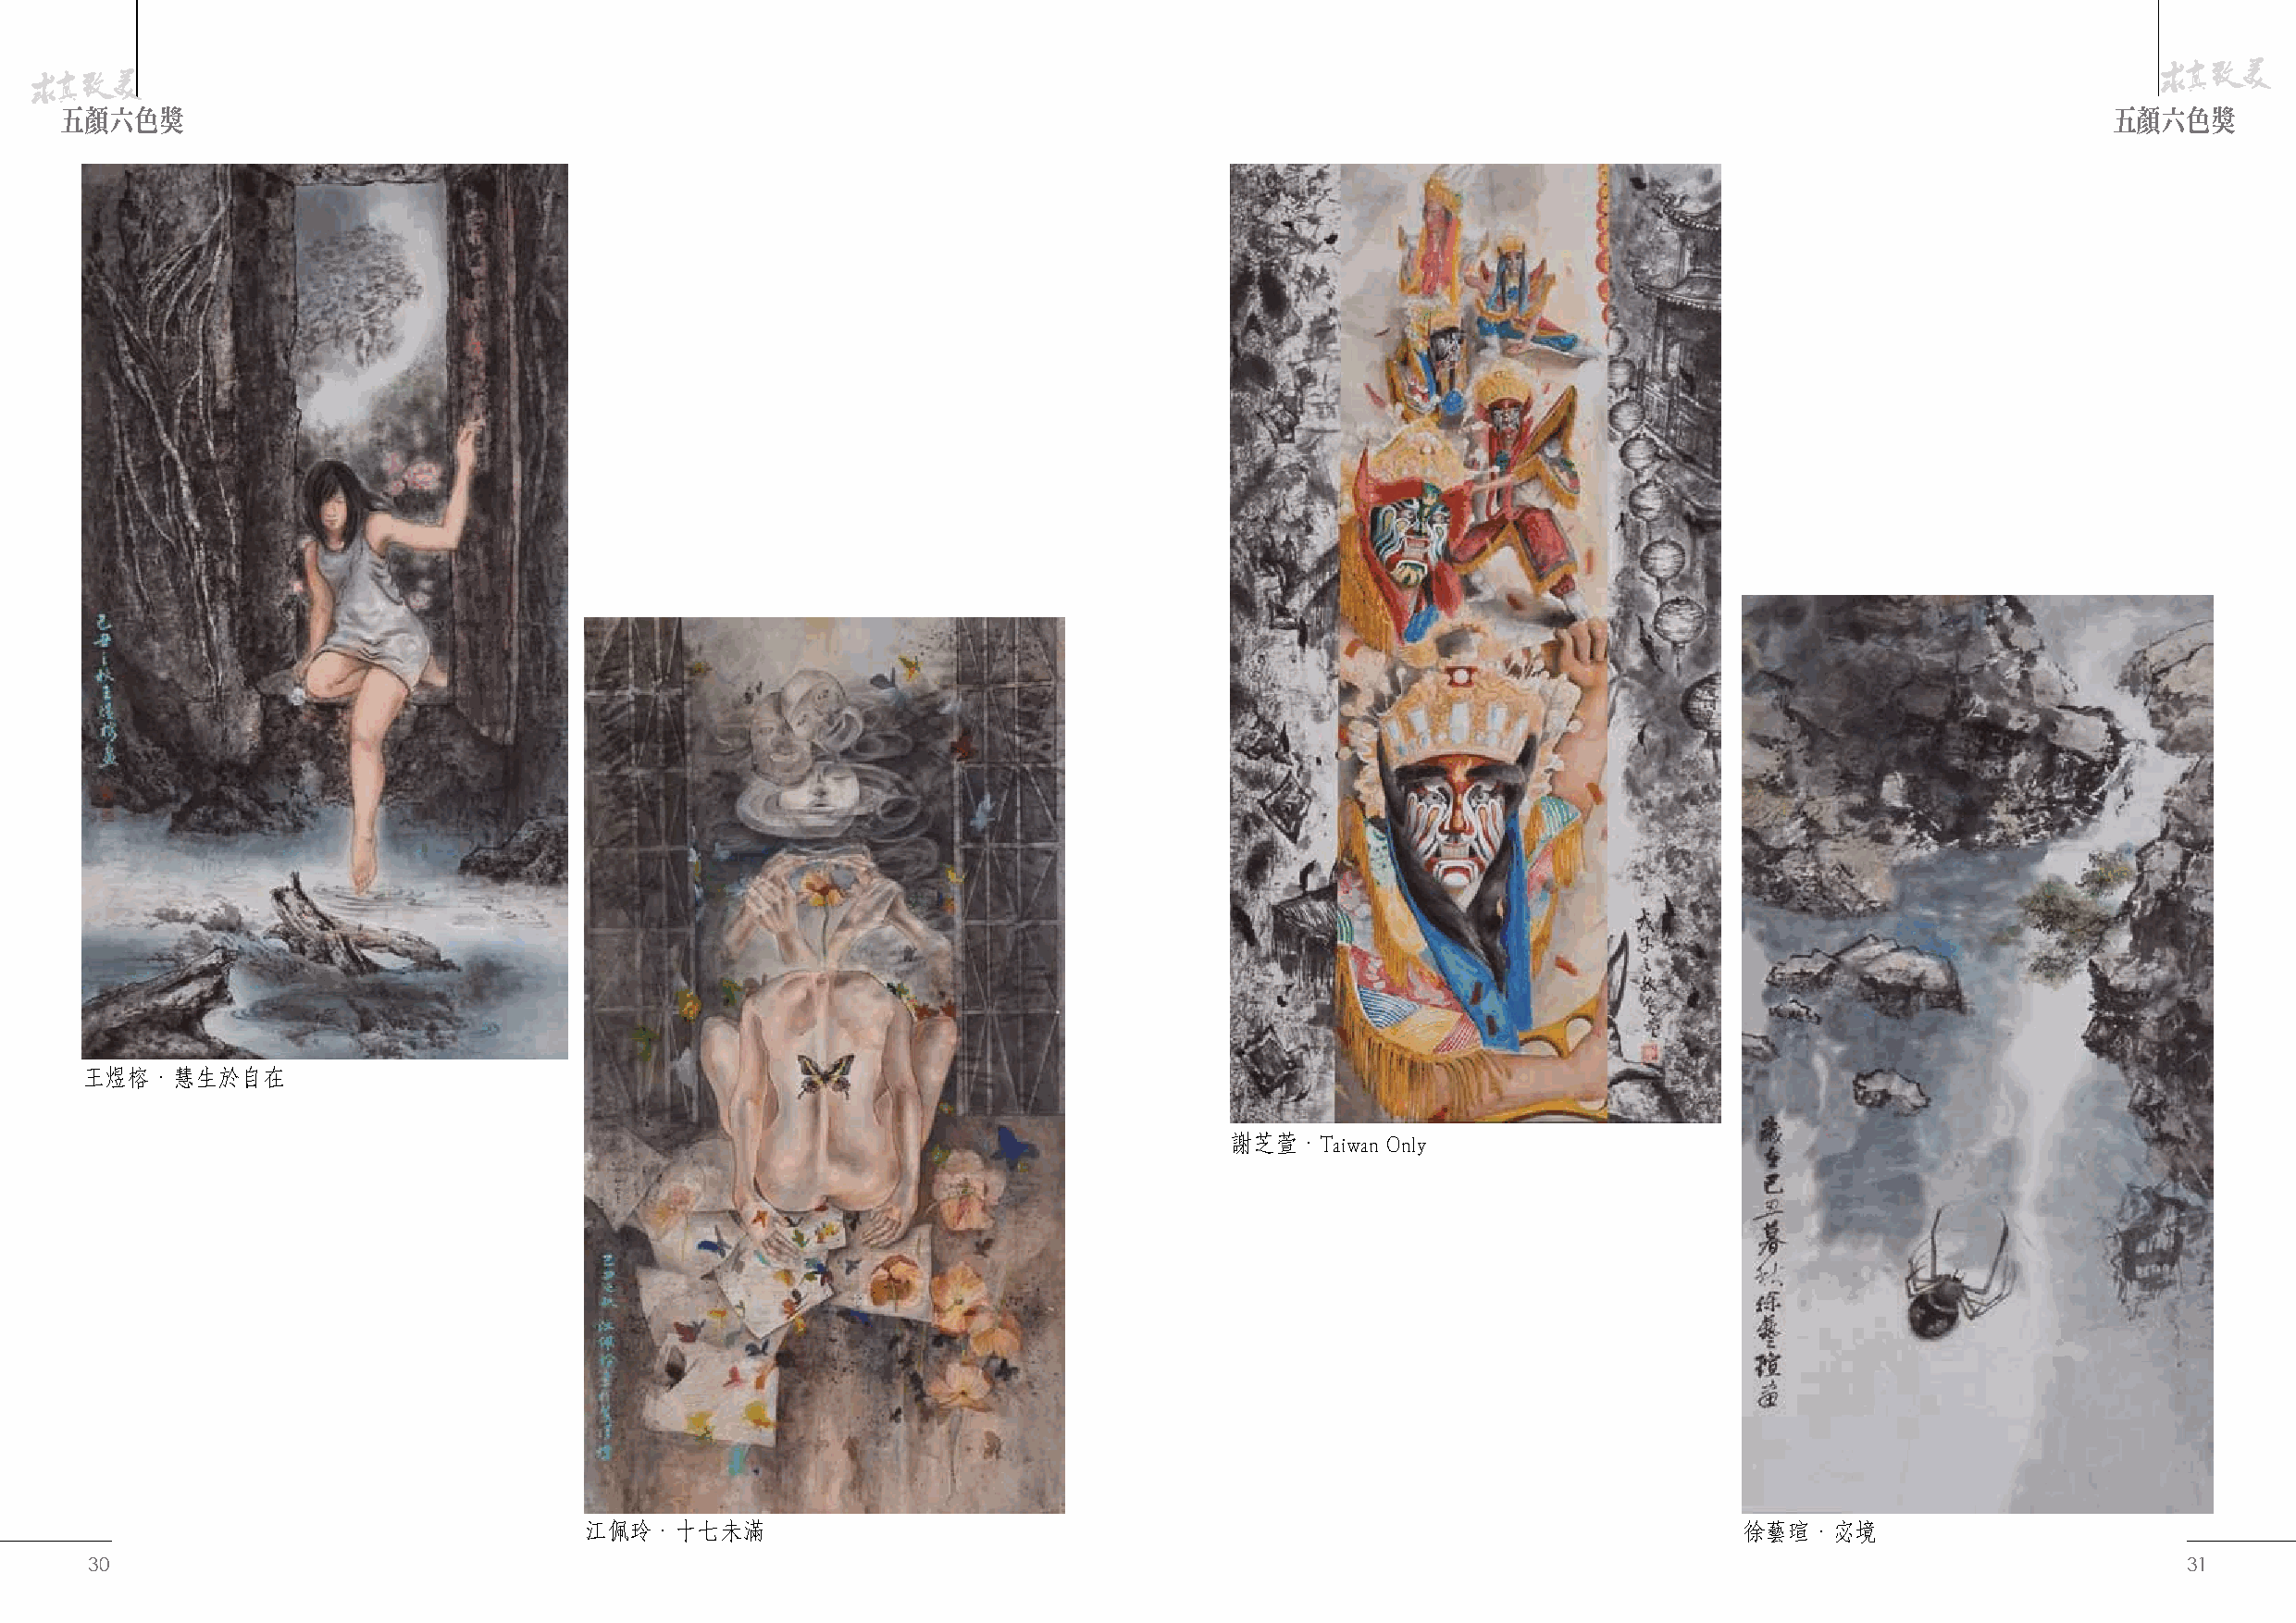
五顏六色獎                                                                                                                                              五顏六色獎
 王煜榕．慧生於自在
 謝芝萱．Taiwan Only
 江佩玲．十七未滿                                                                           徐藝瑄．宓境
 30                                                                                                                                                    31